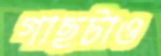
গাছটাও